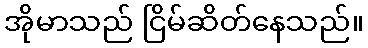
အိုမာသည် ငြိမ်ဆိတ်နေသည်။